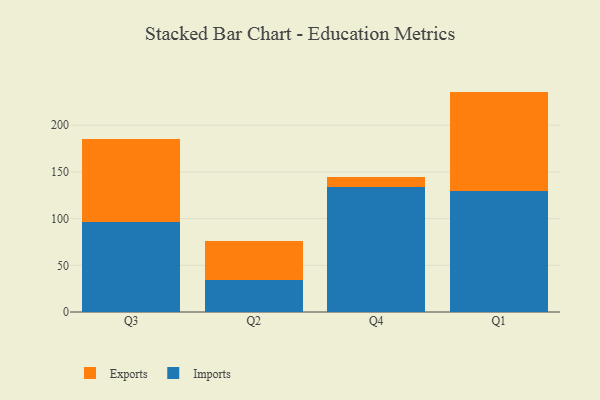
{"axis": {"x": "Quarter", "y": "Conversion Rate (%)"}, "legend": ["Exports", "Imports"], "data": [{"x": "Q3", "y": 96.2, "type": "Imports"}, {"x": "Q3", "y": 89.5, "type": "Exports"}, {"x": "Q2", "y": 34.8, "type": "Imports"}, {"x": "Q2", "y": 41.4, "type": "Exports"}, {"x": "Q4", "y": 133.5, "type": "Imports"}, {"x": "Q4", "y": 10.7, "type": "Exports"}, {"x": "Q1", "y": 129.7, "type": "Imports"}, {"x": "Q1", "y": 106.3, "type": "Exports"}]}